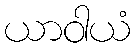
ယာဝါယံ